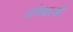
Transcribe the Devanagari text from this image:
उपेक्षाअों